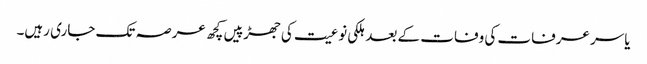
یاسر عرفات کی وفات کے بعد ہلکی نوعیت کی جھڑپیں کچھ عرصہ تک جاری رہیں۔